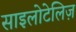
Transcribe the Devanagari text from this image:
साइलोटेलिज़